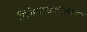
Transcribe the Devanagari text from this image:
विधेयाशक्यत्वात्तव